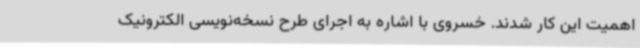
اهمیت این کار شدند. خسروی با اشاره به اجرای طرح نسخه‌نویسی الکترونیک